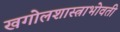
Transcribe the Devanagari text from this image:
खगोलशास्त्राभोवती